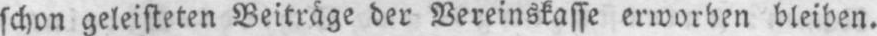
schon geleisteten Beiträge der Vereinskasse erworben bleiben.